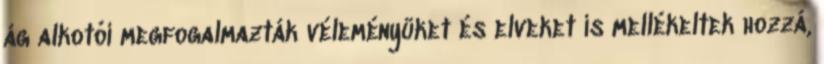
ág alkotói megfogalmazták véleményüket és elveket is mellékeltek hozzá,